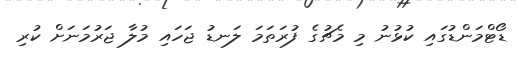
ޑޯޓްމަންޑުގައި ކުޅުނު މި މެޗުގެ ފުރަތަމަ ލަނޑު ޖަހައި މުލާ ޖަރުމަނަށް ކުރި